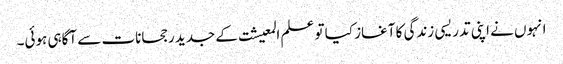
انہوں نے اپنی تدریسی زندگی کا آغاز کیا تو علم المعیشت کے جدید رجحانات سے آگاہی ہوئی۔